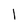
Character: I